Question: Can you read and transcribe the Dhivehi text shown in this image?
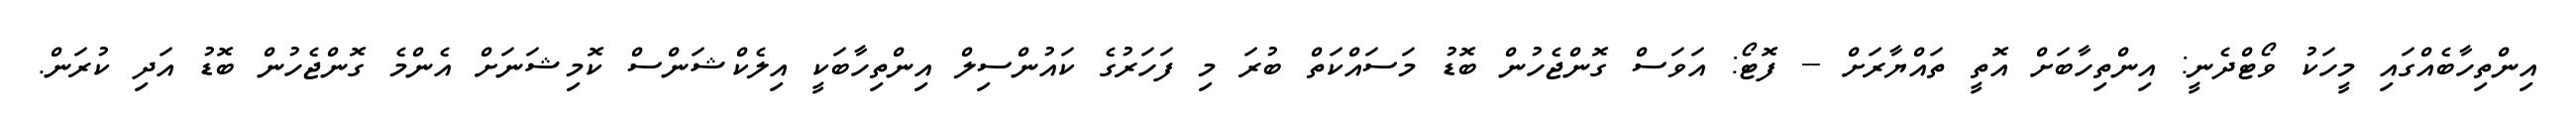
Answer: އިންތިހާބެއްގައި މީހަކު ވޯޓްދެނީ: އިންތިހާބަށް އޮތީ ތައްޔާރަށް -- ފޮޓޯ: އަވަސް ގޮންޖެހުން ބޮޑު މަސައްކަތް ބުރަ މި ފަހަރުގެ ކައުންސިލް އިންތިހާބަކީ އިލެކްޝަންސް ކޮމިޝަނަށް އެންމެ ގޮންޖެހުން ބޮޑު އަދި ކުރަން.